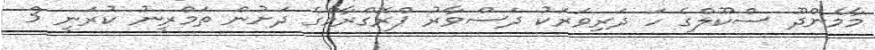
މާމެންދޫ ސްކޫލްގެ ހަ ދަރިވަރަކު ދަސްވާރު ޕްރޮގްރާމްގެ ދަށުން ތަމްރީނު ކުރަނީ 3